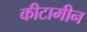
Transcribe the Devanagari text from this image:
कीटामीन